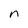
Character: n